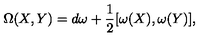
\Omega ( X , Y ) = d \omega + \frac { 1 } { 2 } [ \omega ( X ) , \omega ( Y ) ] ,